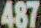
487